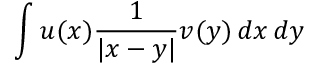
\int u ( x ) \frac { 1 } { | x - y | } v ( y ) \, d x \, d y